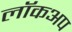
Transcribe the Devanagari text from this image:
लॉकअप